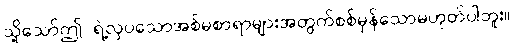
သို့သော်ဤ ရဲ့လှပသောအစ်မစာရာများအတွက်စစ်မှန်သောမဟုတ်ပါဘူး။